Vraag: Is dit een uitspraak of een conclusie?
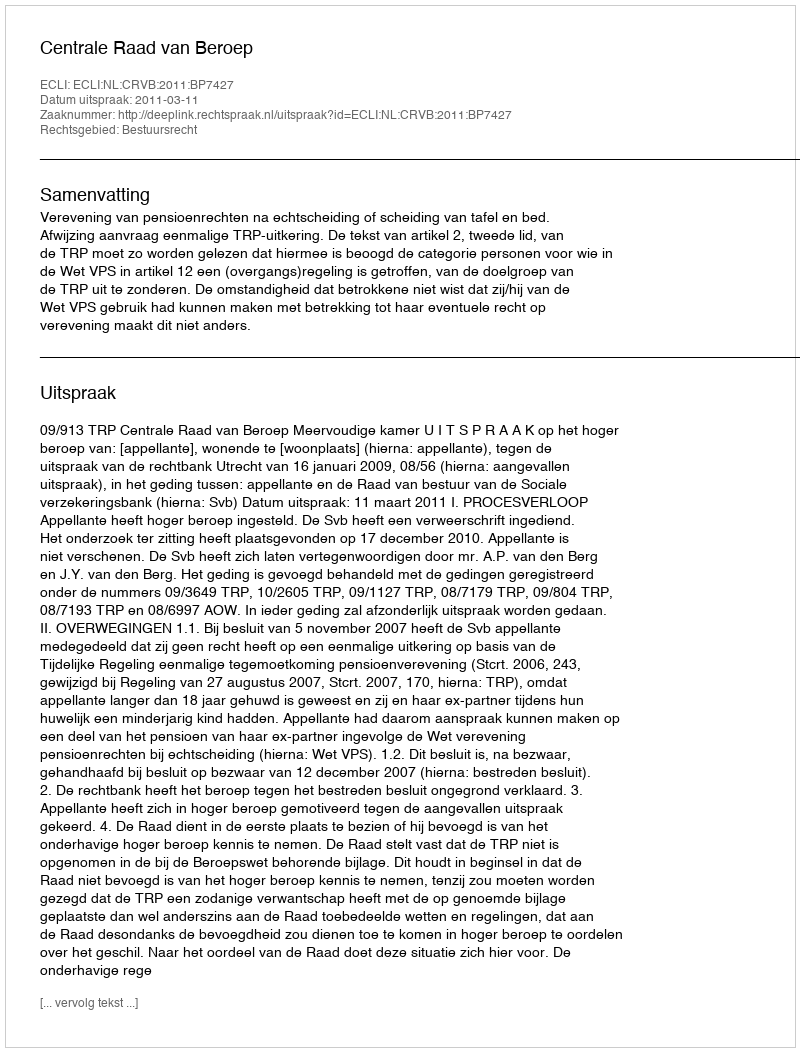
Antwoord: Uitspraak